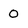
Character: O